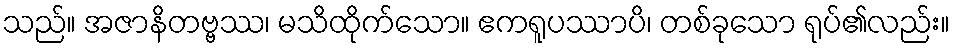
သည်။ အဇာနိတဗ္ဗဿ၊ မသိထိုက်သော။ ဧကရူပဿာပိ၊ တစ်ခုသော ရုပ်၏လည်း။